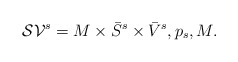
\begin{align*}\mathcal{SV}^{s}=M\times \bar{S}^{s}\times \bar{V}^{s}, p_{s},M.\end{align*}